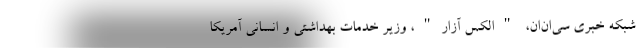
شبکه خبری سی‌ان‌ان، "الکس آزار"، وزیر خدمات بهداشتی و انسانی آمریکا